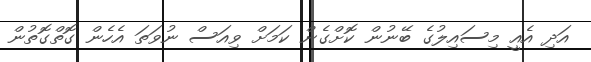
އަދި އެއީ މިސައިލުގެ ބޭނުން ކޮށްގެން ކަމަށް ވިއަސް ނުވަތަ އެހެން ގޮތްގޮތުން